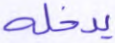
يدخله